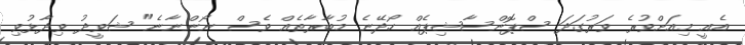
އެއީ މިއަށްވުރެ ވަރުގަދަ ސްޕޮންސާޝިޕެއް ހޯދޭނެ މުބާރާތެއް ވެސް ނޯންނާނެ" ޝަވީދު ވިދާޅުވި